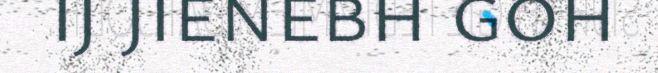
ij jienebh goh